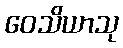
ဝေသိယာသု